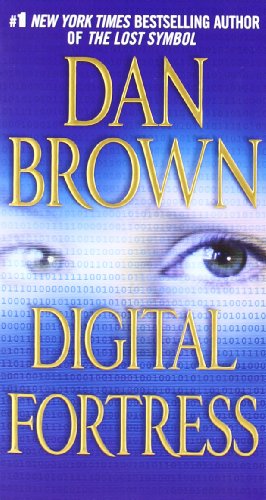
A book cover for Digital Fortress: A Thriller; Dan Brown; Mystery, Thriller & Suspense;